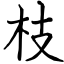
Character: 枝